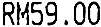
RM59.00